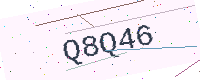
Text: Q8Q46